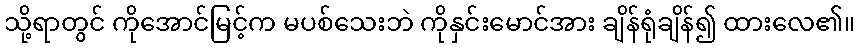
သို့ရာတွင် ကိုအောင်မြင့်က မပစ်သေးဘဲ ကိုနှင်းမောင်အား ချိန်ရုံချိန်၍ ထားလေ၏။